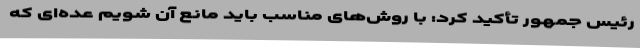
رئیس جمهور تأکید کرد: با روش‌های مناسب باید مانع آن شویم عده‌ای که